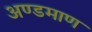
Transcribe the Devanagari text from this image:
अण्डमाण